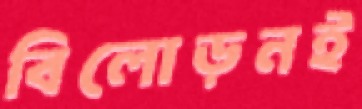
বিলোড়নই